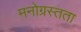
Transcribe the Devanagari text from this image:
मनोग्रस्तता